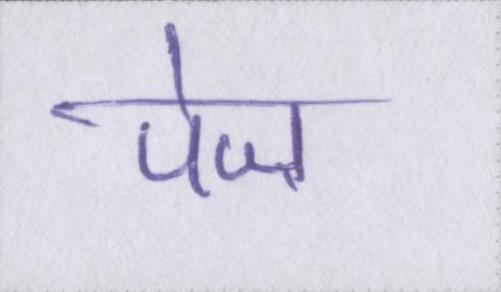
पेज